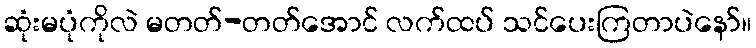
ဆုံးမပုံကိုလဲ မတတ်-တတ်အောင် လက်ထပ် သင်ပေးကြတာပဲနော်။